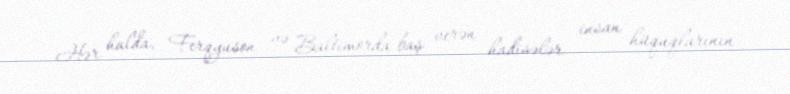
Hər halda, Ferqyuson və Baltimorda baş verən hadisələr insan hüquqlarının